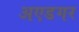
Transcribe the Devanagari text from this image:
अएडगर